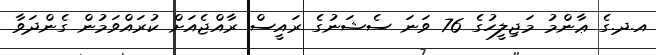
އ.ދ.ގެ ޢާންމު މަޖިލީހުގެ 76 ވަނަ ސެޝަނުގެ ރައީސް ރާއްޖެއަށް ކުރައްވަމުން ގެންދަވާ